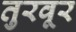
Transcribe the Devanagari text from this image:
तुरवूर